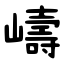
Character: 嶹